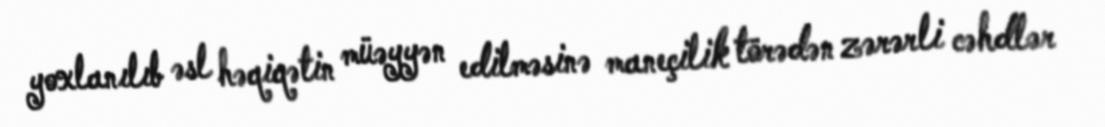
yoxlanılıb əsl həqiqətin müəyyən edilməsinə maneçilik törədən zərərli cəhdlər